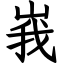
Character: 峩